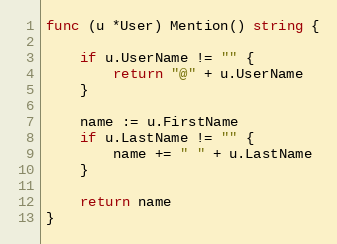
Language: Go
func (u *User) Mention() string {

	if u.UserName != "" {
		return "@" + u.UserName
	}

	name := u.FirstName
	if u.LastName != "" {
		name += " " + u.LastName
	}

	return name
}